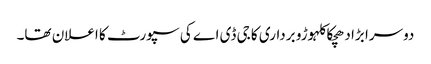
دوسرا بڑا دھچکا کلہوڑو برداری کا جی ڈی اے کی سپورٹ کا اعلان تھا۔